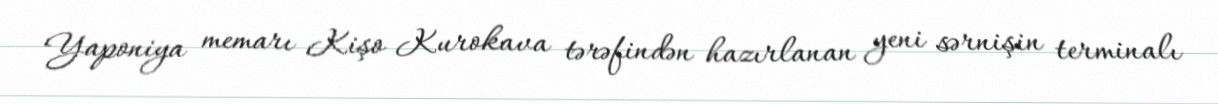
Yaponiya memarı Kişo Kurokava tərəfindən hazırlanan yeni sərnişin terminalı